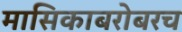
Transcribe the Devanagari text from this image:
मासिकाबरोबरच